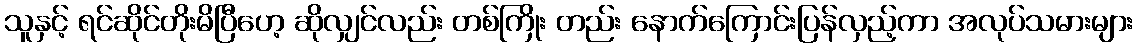
သူနှင့် ရင်ဆိုင်တိုးမိပြီဟေ့ ဆိုလျှင်လည်း တစ်ကြိုး တည်း နောက်ကြောင်းပြန်လှည့်ကာ အလုပ်သမားများ